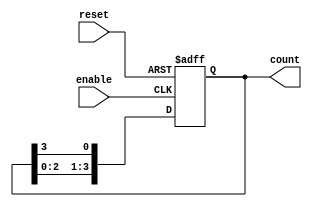
module async_ring_counter(
    input wire reset,        // Asynchronous reset
    input wire enable,       // Enable signal to control counting
    output reg [N-1:0] count // Output counter state
);
    parameter N = 4; // Number of flip-flops in the ring counter, can be modified

    always @(posedge enable or posedge reset) begin
        if (reset) begin
            count <= 1'b1; // Initialize with the first flip-flop set to high
        end else begin
            count <= {count[N-2:0], count[N-1]}; // Shift left: feedback to the first
        end
    end
endmodule